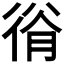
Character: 𢔍